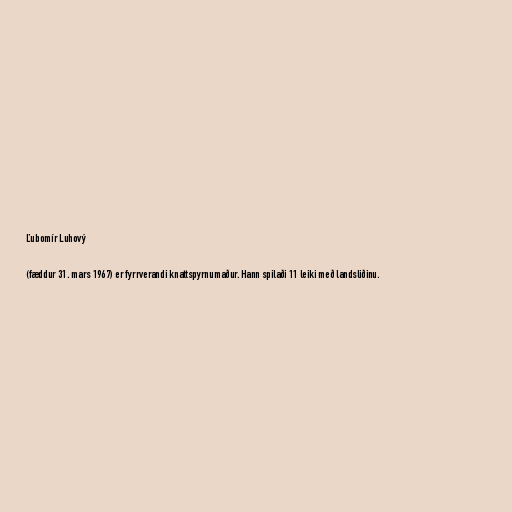
Ľubomír Luhový

(fæddur 31. mars 1967) er fyrrverandi knattspyrnumaður. Hann spilaði 11 leiki með landsliðinu.